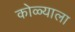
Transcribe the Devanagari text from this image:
कोळ्याला